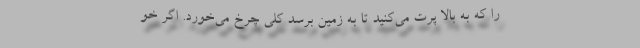
را که به بالا پرت می‌کنید تا به زمین برسد کلی چرخ می‌خورد. اگر خو